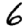
Digit: 6